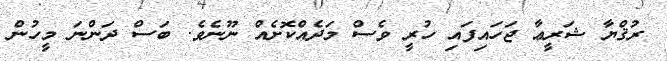
ރުޤްޔާ ޝަރީޢާ ޖަހައިފައި ހުރީ ވެސް މަދެއްކޮށެއް ނޫނެވެ. ބަސް ދަންނަ މީހުން